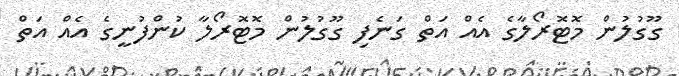
ގޫގުލުން މޮޓޮރޯލާގެ އެއް އަތް ގަނެފި ގޫގުލުން މޮޓޮރޯލާ ކުންފުނީގެ އެއް އަތް